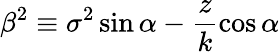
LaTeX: \beta^{2}\equiv\sigma^{2}\sin{\alpha}-\frac{z}{k}\cos{\alpha}